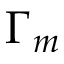
\Gamma _ { m }